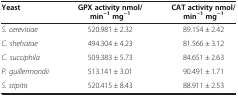
<table><thead><tr><td><b>Yeast</b></td><td><b>GPX activity nmol/min<sup>−1 </sup>mg<sup>−1</sup></b></td><td><b>CAT activity nmol/min<sup>−1 </sup>mg<sup>−1</sup></b></td></tr></thead><tbody><tr><td><i>S. cerevisiae</i></td><td>520.981 ± 2.32</td><td>89.154 ± 2.42</td></tr><tr><td><i>C. shehatae</i></td><td>494.304 ± 4.23</td><td>81.566 ± 3.12</td></tr><tr><td><i>C. succiphila</i></td><td>509.383 ± 5.73</td><td>84.651 ± 2.63</td></tr><tr><td><i>P. guillermondii</i></td><td>513.141 ± 3.01</td><td>90.491 ± 1.71</td></tr><tr><td><i>S. stipitis</i></td><td>520.415 ± 8.43</td><td>88.911 ± 2.53</td></tr></tbody></table>